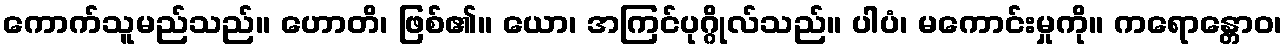
ကောက်သူမည်သည်။ ဟောတိ၊ ဖြစ်၏။ ယော၊ အကြင်ပုဂ္ဂိုလ်သည်။ ပါပံ၊ မကောင်းမှုကို။ ကရောန္တောဝ၊